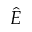
\hat { E }